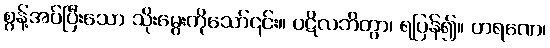
စွန့်အပ်ပြီးသော သိုးမွေးကိုသော်၎င်း။ ပဋိလဘိတွာ၊ ရပြန်၍။ ဟရဏေ၊